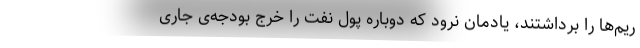
ریم‌ها را برداشتند، یادمان نرود که دوباره پول نفت را خرج بودجه‌ی جاری